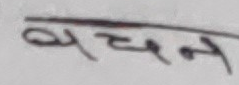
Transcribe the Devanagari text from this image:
व्यचन